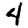
Digit: 4